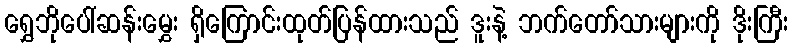
ရွှေဘိုပေါ်ဆန်းမွှေး ရှိကြောင်းထုတ်ပြန်ထားသည် ဒူးနဲ့ ဘက်တော်သားများကို ဒိုးကြီး